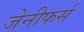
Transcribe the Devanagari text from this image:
जेनीफर्स